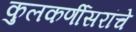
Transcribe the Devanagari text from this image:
कुलकर्णीसरांचे